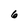
Character: 6